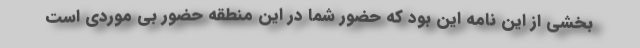
بخشی از این نامه این بود که حضور شما در این منطقه حضور بی موردی است